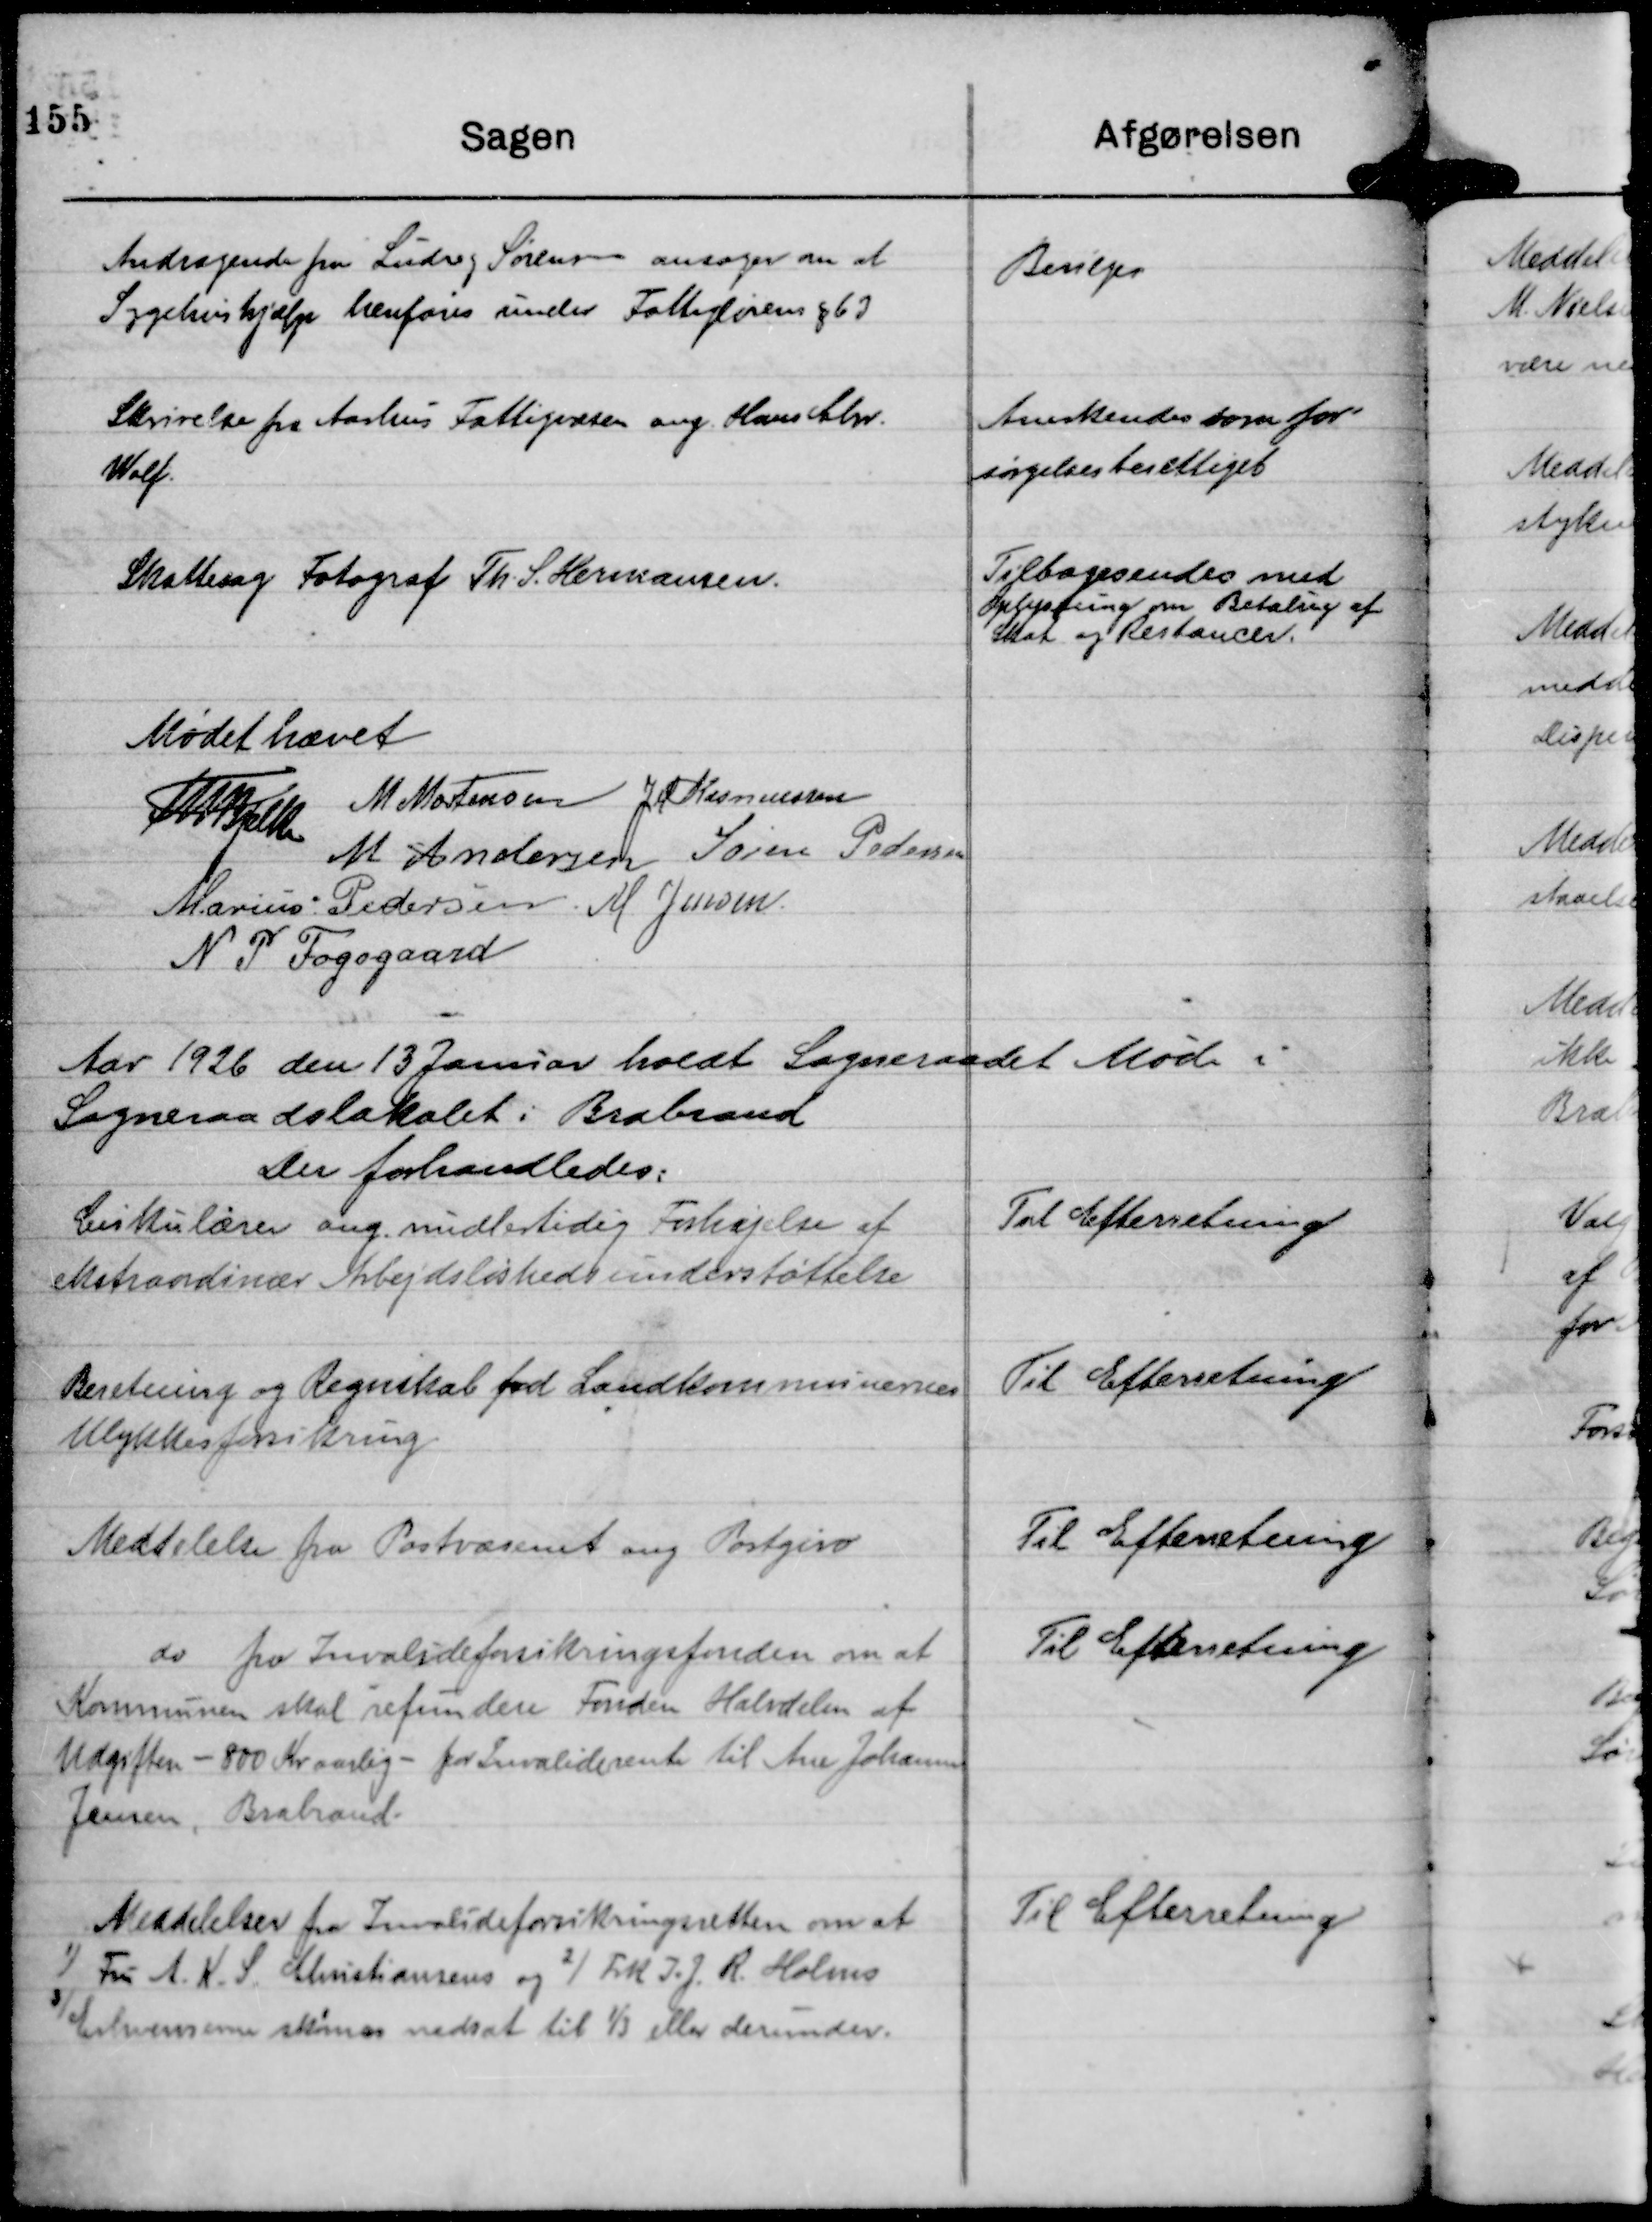
Transskription:
Andragende fra Ludvig Sørensen ansøger om at
Sygehushjælp henføres under Fattiglovens § 63

Bevilges

Skrivelse fra Aarhus Fattigvæsen ang. Hans Chr.
Wolf.

Anerkendes som for-
sørgelsesberettiget

Skattesag Fotograf Th. S. Hermansen.

Tilbagesendes med
Oplysning om Betaling af
Skat og Restancer.

Mødet hævet
Th Bjelke
M Mortensen
JM Rasmussen
M Andersen
Søren Pedersen
Marius Pedersen.
M Jensen.
N P Fogsgaard

Aar 1926 den 13 Januar holdt Sogneraadet Møde i
Sogneraadslokalet i Brabrand
Der forhandledes:

Cirkulære ang. midlertidig Forhøjelse af
ekstraordinær Arbejdsløshedsunderstøttelse

Til Efterretning

Beretning og Regnskab fod Landkommunernes
Ulykkesforsikring

Til Efterretning

Meddelelse fra Postvæsenet ang Postgiro

Til Efterretning

do fra Invalideforsikringsfonden om at
Kommunen skal refundere Fonden Halvdelen af
Udgiften - 800 Kr aarlig - for Invaliderente til Ane Johanne
Jensen, Brabrand.

Til Efterretning

Meddelelser fra Invalideforsikringsretten om at
1)
Fru A. K. S. Christiansen og
2)
Frk I. J. R. Holms
3)
Erhvervsevner skønnes nedsat til ⅓ eller derunder.

Til Efterretning